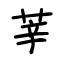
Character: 莘